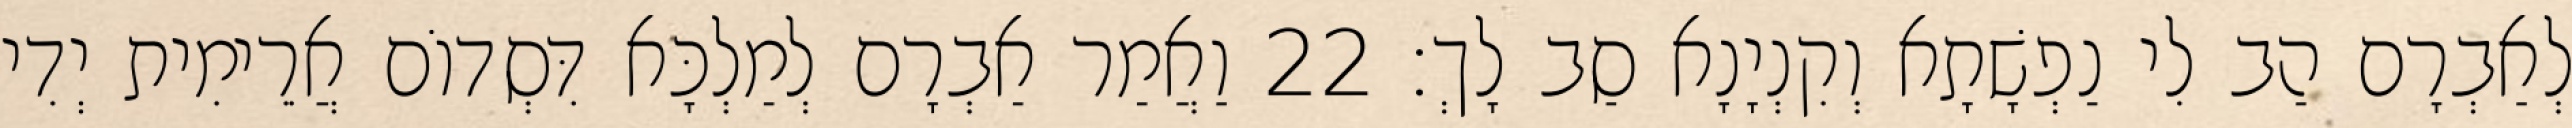
לְאַבְרָם הַב לִי נַפְשָׁתָא וְקִנְיָנָא סַב לָךְ׃ 22 וַאֲמַר אַבְרָם לְמַלְכָּא דִּסְדוֹם אֲרֵימִית יְדִי